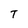
Character: T